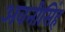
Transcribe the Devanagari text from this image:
अवनीसिंह